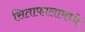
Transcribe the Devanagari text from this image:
सिताफालामध्ये